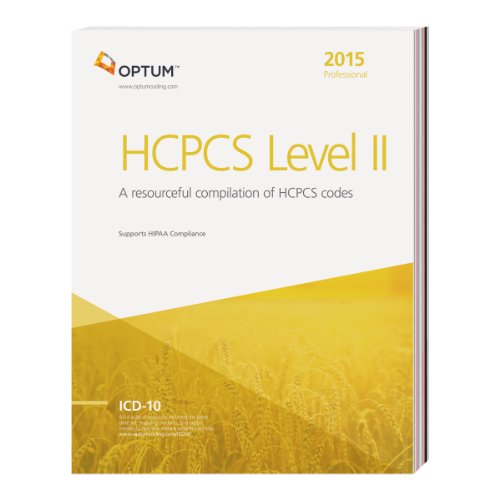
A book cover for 2015 HCPCS Level II Professional; Optum360; Medical Books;